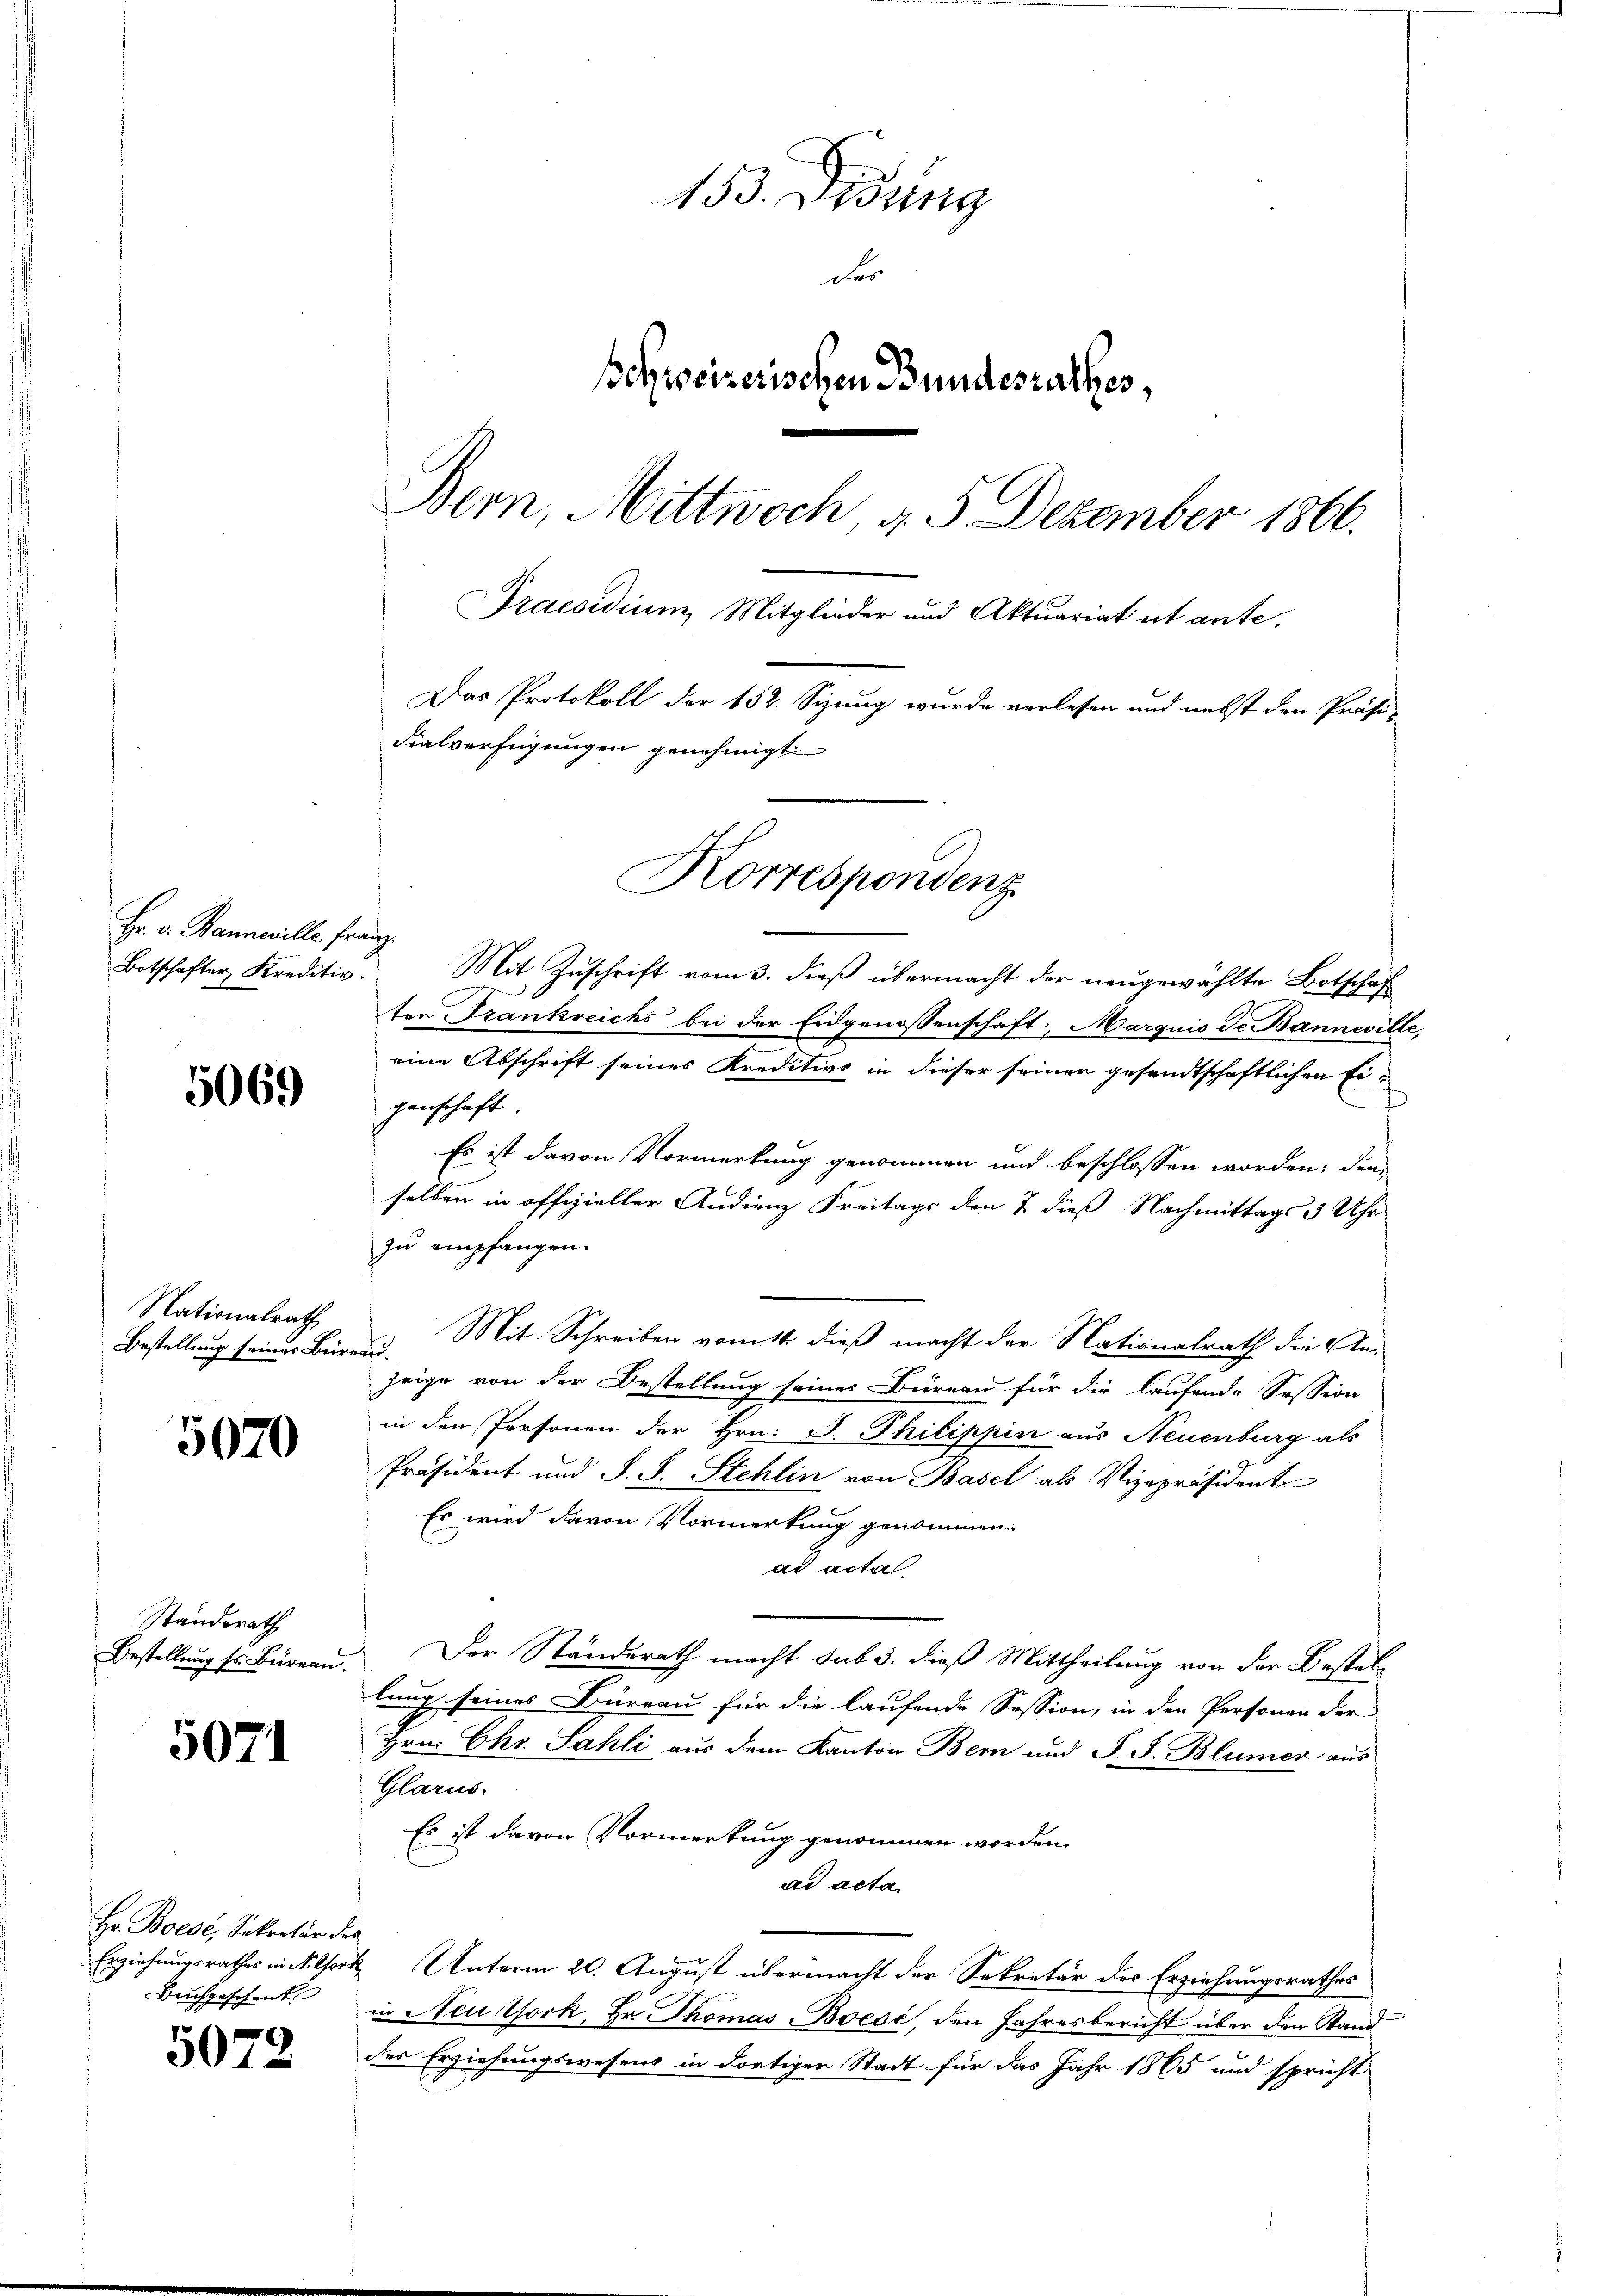
Hr. v. Banneville, Franz.
Botschafter Kreditiv.

5069

Nationalrath
Bestellung seiner Büreau.

5070

Standerath
Bestellung sr. Büreau.

5071

Hr. Boese, Sekretär des
Buchgeschenk

5072

153. Disung
der
Schweizerischen Bundesrathes,
Bern, Mittwoch d. 5 Dezember 1866.
Praesidium Mitglieder und Aktuariat ut ante.
Das Protokoll der 152. Sizung wurde verlesen und nebst den Präsi-
Fialverfügungen genehmigt

Mit Zuschrift vom 3. dieß übermacht der neugewählte Botschaf
ter Trankreichs bei der Eidgenossenschaft, Marquis de Banneville,
eine Abschrift seines Kreditivs in dieser seiner gesandtschaftlichen Eigenschaft.
Es ist davon Vormerkung genommen und beschlossen worden; den
selben in offizieller Audienz Freitags den 7 dieß Nachmittags 3 Uhr
zu empfangen.
Mit Schreiben vom 14. dieß macht der Nationalrath die Anzeige von der Bestellung seines Büreau für die laufende Session
in den Personen der Hrn. J. Philippin aus Neuenburg als
Präsident und S. S. Stehlin von Basel als Vizepräsident
Es wird davon Vormerkung genommen.
ad acta
Der Standerath macht sub 3. dieß Mittheilung von der Bestellung seines Büreau für die laufende Session, in den Personen der
Hrn. Chr. Sahli aus dem Kanton Bern und S. S. Blümer aus
Glarus.
Es ist davon Vormerkung genommen worden.
ad acta.
Erziehungsrathes nick Chork, Unterm 20. August übermacht der Sekretär des Erziehungsrathes
in Neu York, Hr. Thomas-Boese, den Jahresbericht über den Stand
des Erziehungswesens in dortiger Stadt für das Jahr 1865 und spricht

Korrespondenz